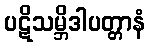
ပဋိသမ္ဘိဒါပတ္တာနံ